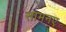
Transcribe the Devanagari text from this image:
सामनए